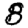
Digit: 8